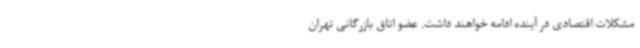
مشکلات اقتصادی در آینده ادامه خواهند داشت. عضو اتاق بازرگانی تهران